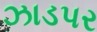
ઝાડપર